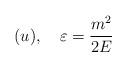
LaTeX: \begin{align*}(u),\quad \varepsilon =\frac{m^{2}}{2E}\end{align*}